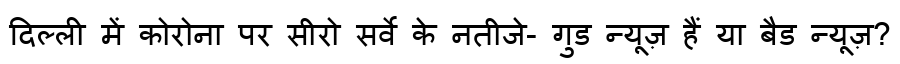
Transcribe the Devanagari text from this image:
दिल्ली में कोरोना पर सीरो सर्वे के नतीजे- गुड न्यूज़ हैं या बैड न्यूज़?